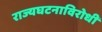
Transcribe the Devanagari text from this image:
राज्यघटनाविरोधी